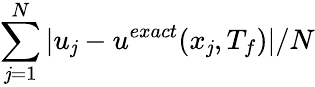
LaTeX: \sum_{\mathit{j}=1}^{N}|u_{\mathit{j}}-u^{exact}(x_{\mathit{j}},T_{f})|/N